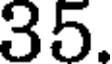
35.